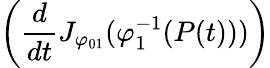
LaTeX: \left({\frac{d}{dt}}J_{\varphi_{01}}(\varphi_{1}^{-1}(P(t)))\right)